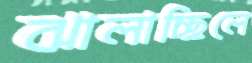
ঝালাচ্ছিলে